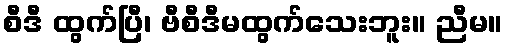
စီဒီ ထွက်ပြီ၊ ဗီစီဒီမထွက်သေးဘူး။ ညီမ။